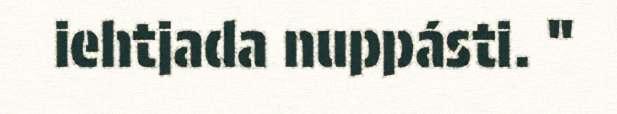
iehtjada nuppásti. "